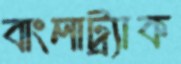
বাংলাট্র্যাক